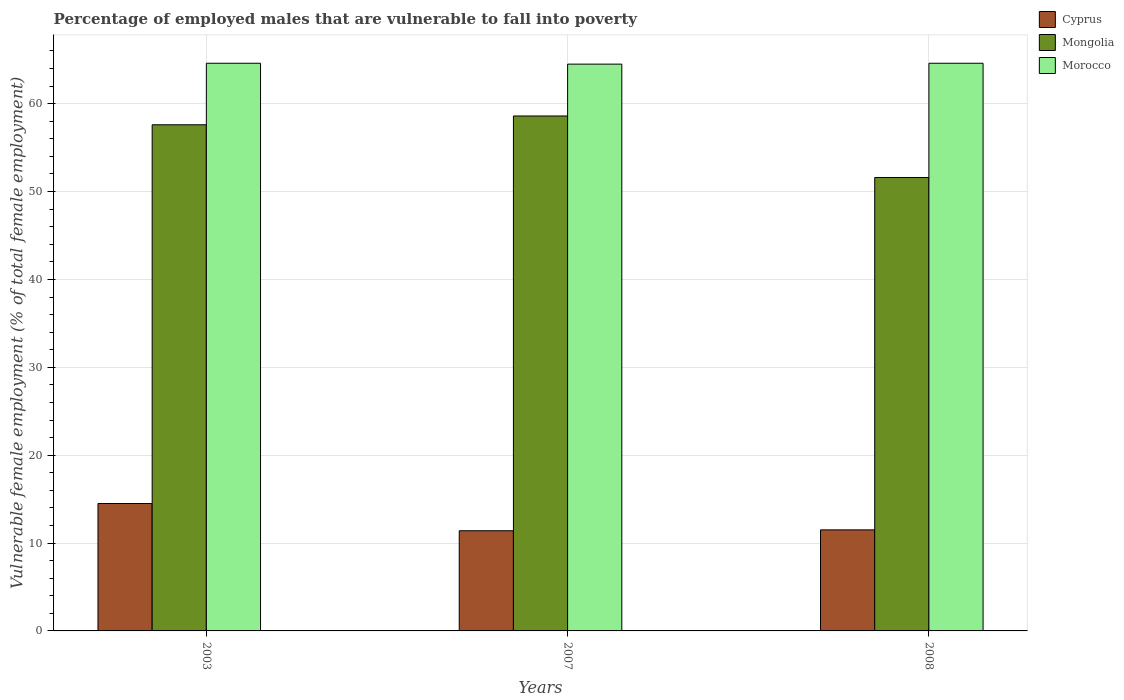
| Years | Cyprus | Mongolia | Morocco |
 | --- | --- | --- | --- |
 | 2003 | 14.5 | 57.6 | 64.6 |
 | 2007 | 11.4 | 58.6 | 64.5 |
 | 2008 | 11.5 | 51.6 | 64.6 |